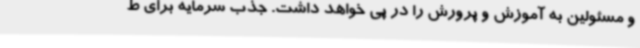
و مسئولین به آموزش و پرورش را در پی خواهد داشت. جذب سرمایه برای ط